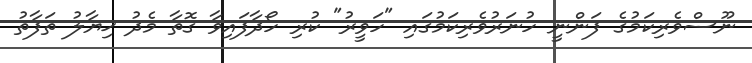
ނޫސްވެރިކަމުގެ ފަންނީ ހުނަރުވެރިކަމުގައި "ހަވީރު" ކުރި ހޯދާފައިވާ ގޮތާ މެދު ޚިޔާލު ތަފާތު